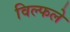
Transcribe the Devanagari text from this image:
विल्फले